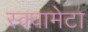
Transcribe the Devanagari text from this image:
स्क्वामेटा